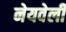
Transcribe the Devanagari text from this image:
नेयवेली